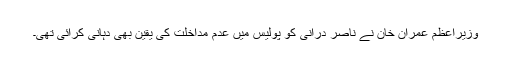
وزیراعظم عمران خان نے ناصر درانی کو پولیس میں عدم مداخلت کی یقین بھی دہانی کرائی تھی۔